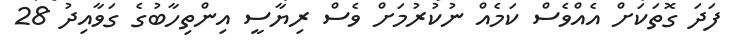
ފަދަ ގޮތަކަށް އެއްވެސް ކަމެއް ނުކުރުމަށް ވެސް ރިޔާސީ އިންތިހާބުގެ ގަވާއިދު 28